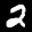
Label: 2